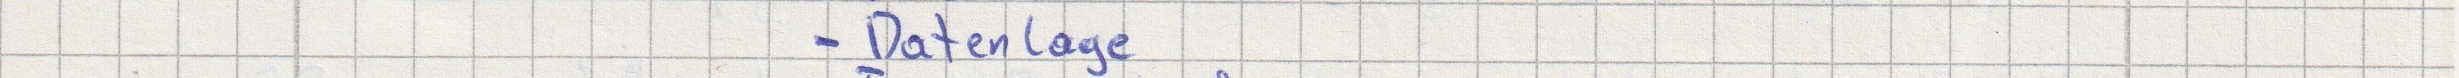
- Datenlage